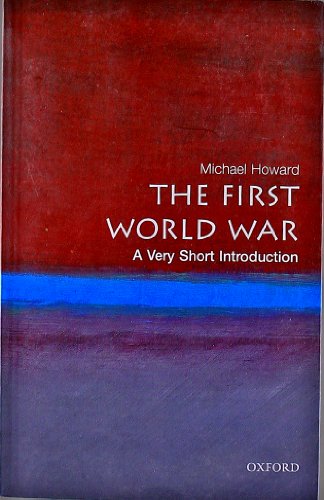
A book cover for The First World War: A Very Short Introduction; Michael Howard; History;